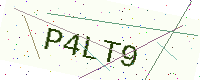
Text: P4LT9